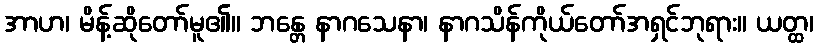
အာဟ၊ မိန့်ဆိုတော်မူ၏။ ဘန္တေ နာဂသေနာ၊ နာဂသိန်ကိုယ်တော်အရှင်ဘုရား။ ယတ္ထ၊